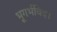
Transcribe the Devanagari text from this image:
भूगर्भविद।